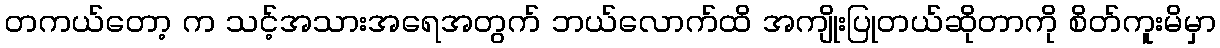
တကယ်တော့ က သင့်အသားအရေအတွက် ဘယ်လောက်ထိ အကျိုးပြုတယ်ဆိုတာကို စိတ်ကူးမိမှာ